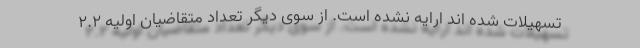
تسهیلات شده اند ارایه نشده است. از سوی دیگر تعداد متقاضیان اولیه ۲.۲